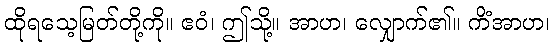
ထိုရသေ့မြတ်တို့ကို။ ဧဝံ၊ ဤသို့။ အာဟ၊ လျှောက်၏။ ကိံအာဟ၊